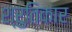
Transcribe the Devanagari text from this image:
श्रुतिकार